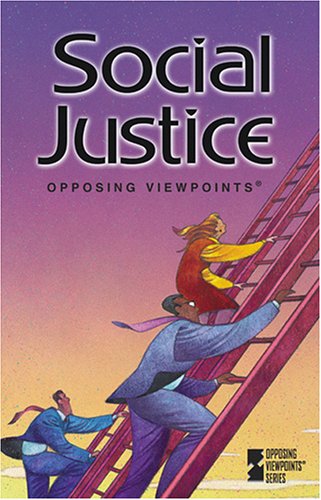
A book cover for Social Justice (Opposing Viewpoints Series); William Dudley; Teen & Young Adult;